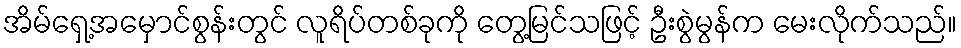
အိမ်ရှေ့အမှောင်စွန်းတွင် လူရိပ်တစ်ခုကို တွေ့မြင်သဖြင့် ဦးစွဲမွန်က မေးလိုက်သည်။